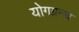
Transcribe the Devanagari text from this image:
योगग्रन्थ